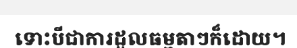
ទោះបីជាការដួលធម្មតាៗក៏ដោយ។